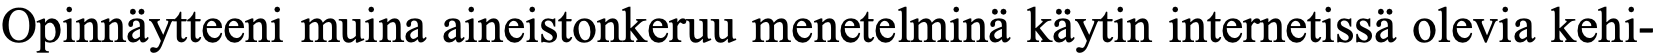
Opinnäytteeni muina aineistonkeruu menetelminä käytin internetissä olevia kehi-